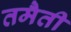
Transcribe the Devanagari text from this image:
तमैती